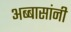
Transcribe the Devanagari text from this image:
अब्बासांनी